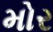
મોર